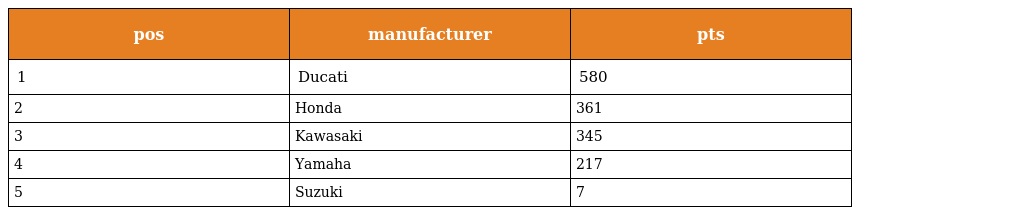
| pos | manufacturer | pts |
 | --- | --- | --- |
 | 1 | Ducati | 580 |
 | 2 | Honda | 361 |
 | 3 | Kawasaki | 345 |
 | 4 | Yamaha | 217 |
 | 5 | Suzuki | 7 |